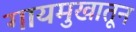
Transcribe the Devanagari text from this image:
गायमुखातून